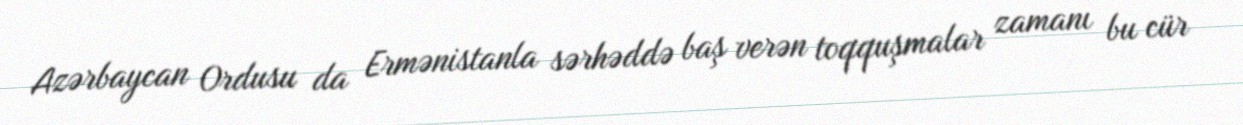
Azərbaycan Ordusu da Ermənistanla sərhəddə baş verən toqquşmalar zamanı bu cür